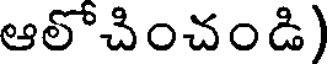
ఆలోచించండి)